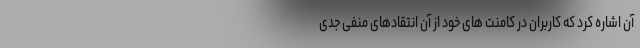
آن اشاره کرد که کاربران در کامنت های خود از آن انتقادهای منفی جدی